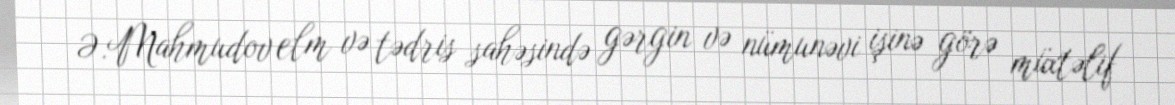
Ə.Mahmudov elm və tədris sahəsində gərgin və nümunəvi işinə görə müxtəlif